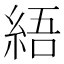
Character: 𦀡